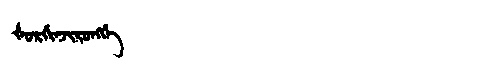
Manchu: ᡧᠣᡵᡤᡳᠨᠵᡳᡵᠣᠩᡤᡝ
Romanization: ŠORGINJIRONGGE